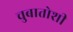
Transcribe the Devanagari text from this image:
चुबातोशी